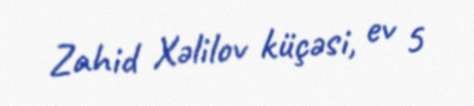
Zahid Xəlilov küçəsi, ev 5